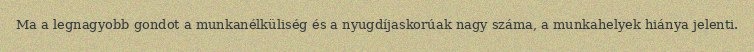
Ma a legnagyobb gondot a munkanélküliség és a nyugdíjaskorúak nagy száma, a munkahelyek hiánya jelenti.